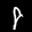
Label: 8